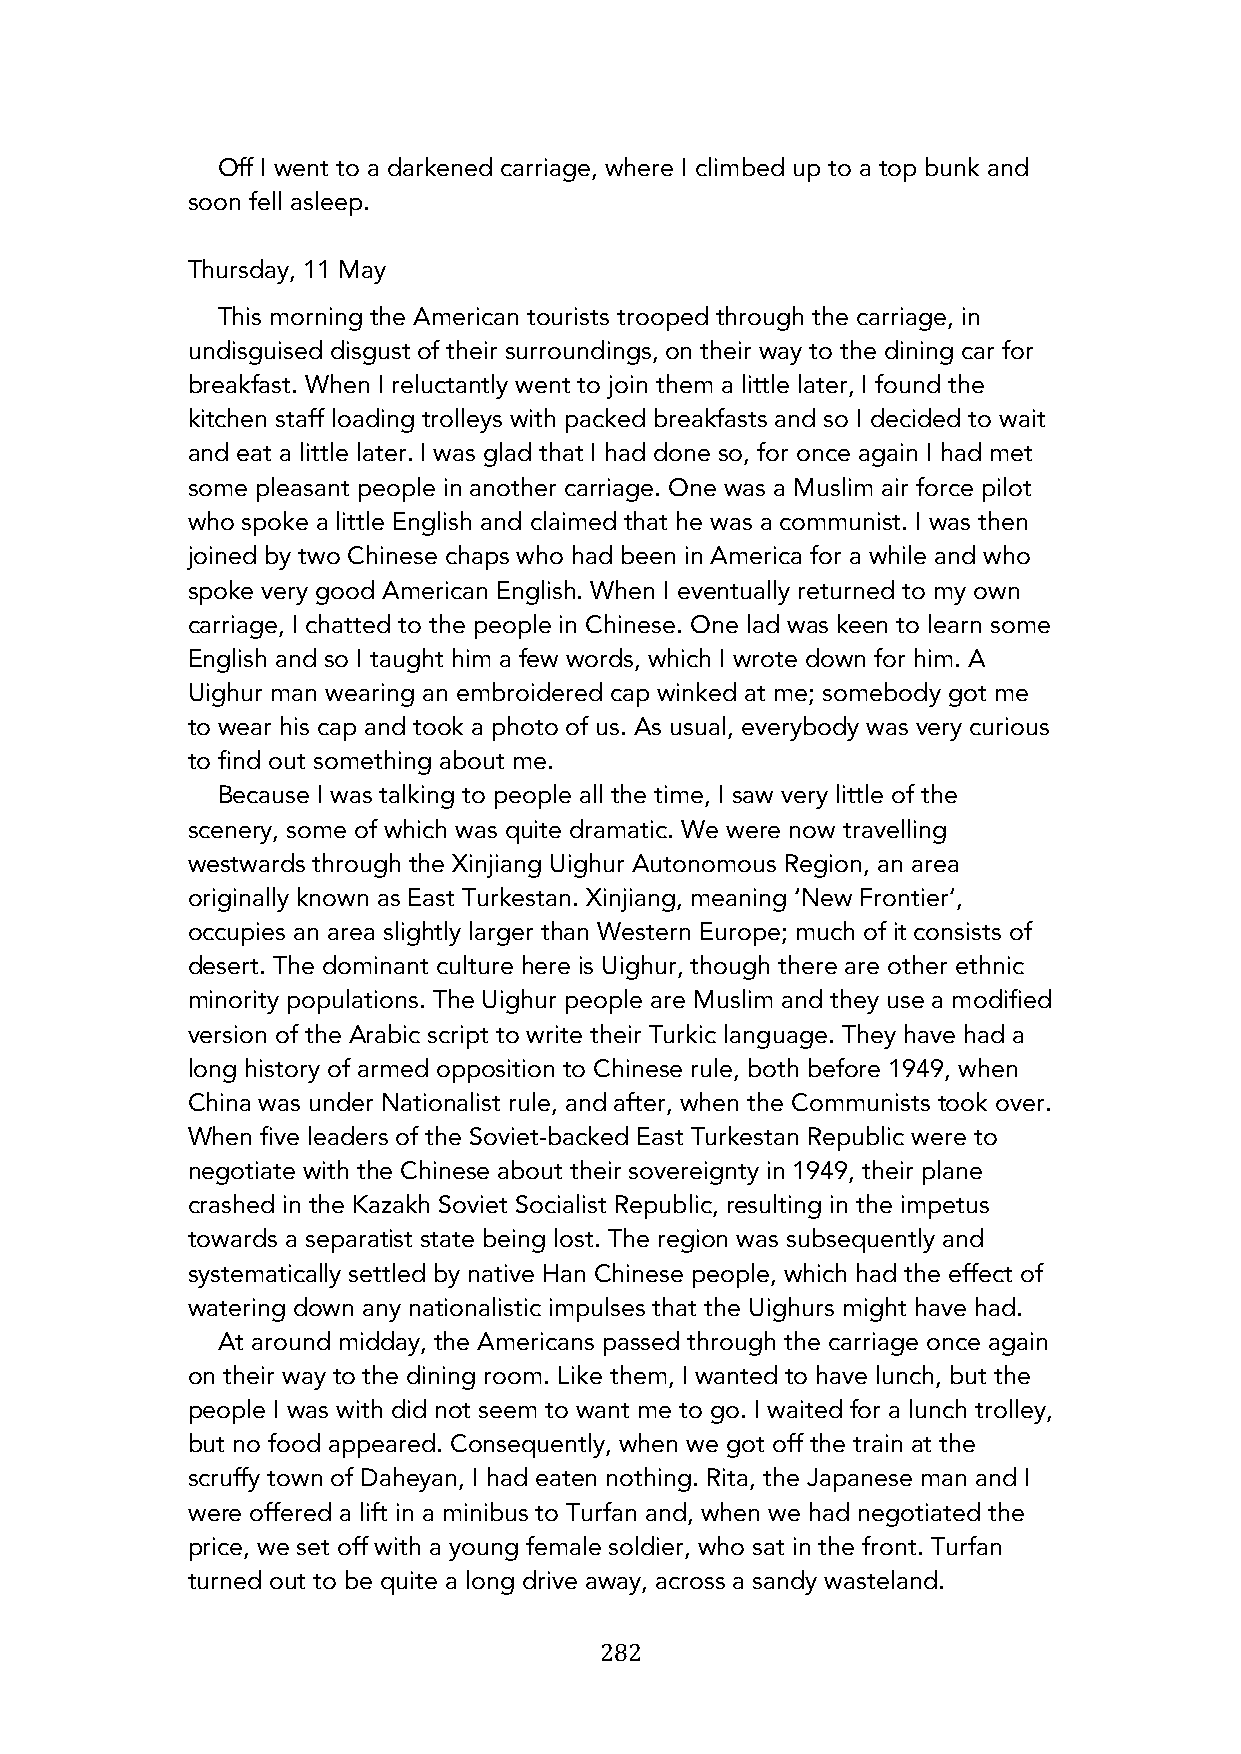
Off I went to a darkened carriage, where I climbed up to a top bunk and
 soon fell asleep.
 Thursday, 11 May
 This morning the American tourists trooped through the carriage, in
 undisguised disgust of their surroundings, on their way to the dining car for
 breakfast. When I reluctantly went to join them a little later, I found the
 kitchen staff loading trolleys with packed breakfasts and so I decided to wait
 and eat a little later. I was glad that I had done so, for once again I had met
 some pleasant people in another carriage. One was a Muslim air force pilot
 who spoke a little English and claimed that he was a communist. I was then
 joined by two Chinese chaps who had been in America for a while and who
 spoke very good American English. When I eventually returned to my own
 carriage, I chatted to the people in Chinese. One lad was keen to learn some
 English and so I taught him a few words, which I wrote down for him. A
 Uighur man wearing an embroidered cap winked at me; somebody got me
 to wear his cap and took a photo of us. As usual, everybody was very curious
 to find out something about me.
 Because I was talking to people all the time, I saw very little of the
 scenery, some of which was quite dramatic. We were now travelling
 westwards through the Xinjiang Uighur Autonomous Region, an area
 originally known as East Turkestan. Xinjiang, meaning ‘New Frontier’,
 occupies an area slightly larger than Western Europe; much of it consists of
 desert. The dominant culture here is Uighur, though there are other ethnic
 minority populations. The Uighur people are Muslim and they use a modified
 version of the Arabic script to write their Turkic language. They have had a
 long history of armed opposition to Chinese rule, both before 1949, when
 China was under Nationalist rule, and after, when the Communists took over.
 When five leaders of the Soviet-backed East Turkestan Republic were to
 negotiate with the Chinese about their sovereignty in 1949, their plane
 crashed in the Kazakh Soviet Socialist Republic, resulting in the impetus
 towards a separatist state being lost. The region was subsequently and
 systematically settled by native Han Chinese people, which had the effect of
 watering down any nationalistic impulses that the Uighurs might have had.
 At around midday, the Americans passed through the carriage once again
 on their way to the dining room. Like them, I wanted to have lunch, but the
 people I was with did not seem to want me to go. I waited for a lunch trolley,
 but no food appeared. Consequently, when we got off the train at the
 scruffy town of Daheyan, I had eaten nothing. Rita, the Japanese man and I
 were offered a lift in a minibus to Turfan and, when we had negotiated the
 price, we set off with a young female soldier, who sat in the front. Turfan
 turned out to be quite a long drive away, across a sandy wasteland.
 282